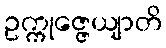
ဥက္ကုဇ္ဇေယျာတိ